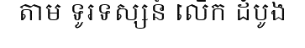
តាម ទូរទស្សន៍ លើក ដំបូង